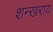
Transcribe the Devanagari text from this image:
शन्खराय